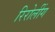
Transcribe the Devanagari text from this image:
रिरोलींग